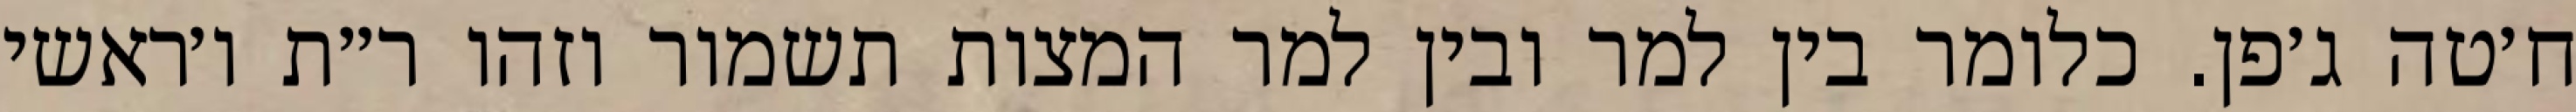
ח׳טה ג׳פן. כלומר בין למר ובין למר המצות תשמור וזהו ר״ת ו׳ראשי